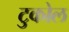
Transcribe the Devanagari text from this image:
टुकोल